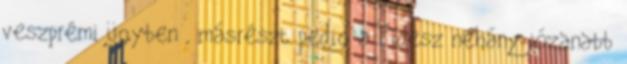
veszprémi ügyben , másrészt pedig a Fidesz néhány józanabb